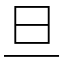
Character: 旦